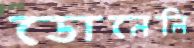
ডোনেলি